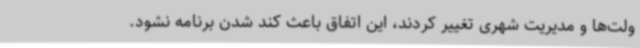
ولت‌ها و مدیریت شهری تغییر کردند، این اتفاق باعث کند شدن برنامه نشود.